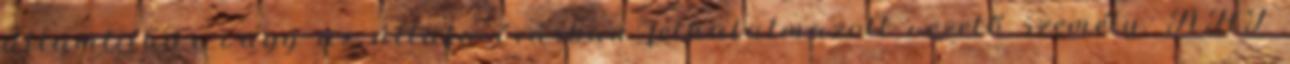
államtitkár vagy az általa írásban felhatalmazott vezető személy. ÁHT